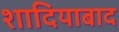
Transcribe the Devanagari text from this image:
शादियाबाद